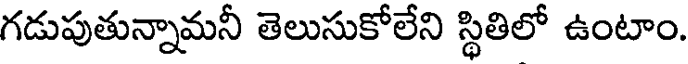
గడుపుతున్నామనీ తెలుసుకోలేని స్థితిలో ఉంటాం.